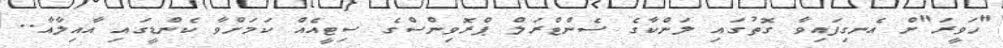
"ހަވީރަ"ށް އެނގިފައިވާ ގޮތުގައި ލަންކާގެ ސެންޓްރަލް ޕްރޮވިންސްގެ ސިޓީއެއް ކަމަށްވާ ކެންޑީގައި އާއިލާއާ..